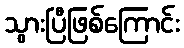
သွားပြီဖြစ်ကြောင်း